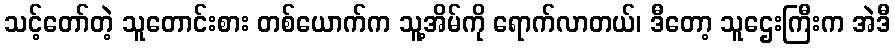
သင့်တော်တဲ့ သူတောင်းစား တစ်ယောက်က သူ့အိမ်ကို ရောက်လာတယ်၊ ဒီတော့ သူဌေးကြီးက အဲဒီ